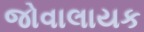
જોવાલાયક